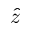
\hat { z }